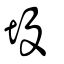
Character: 坄